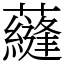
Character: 蘕